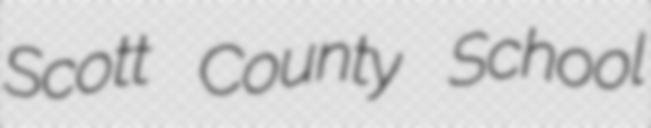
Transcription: Scott County School